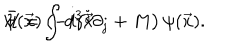
{ \cal H } = \int d ^ { 3 } { \vec { x } } \hspace { 0 . 1 i n } \bar { \psi } ( { \vec { x } } ) \left( - i \gamma ^ { j } \partial _ { j } + M \right) \psi ( { \vec { x } } ) .